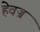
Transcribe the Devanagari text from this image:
हेवज्र